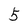
Character: 5